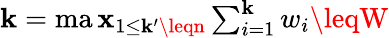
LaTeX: \mathbf{k}=\textstyle\operatorname*{ma\mathbf{x}}_{1\leq\mathbf{k}^{\prime}\leqn}\textstyle\sum_{i=1}^{\mathbf{k}}w_{i}\leqW